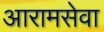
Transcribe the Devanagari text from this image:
आरामसेवा